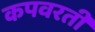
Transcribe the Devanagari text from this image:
कपवरती